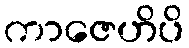
ကာဇေဟိပိ